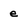
Character: e